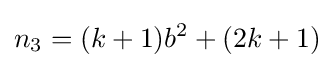
n_{3}=(k+1)b^{2}+(2k+1)